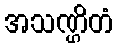
အသဏ္ဌိတံ